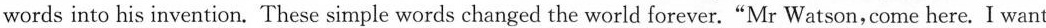
words into his invention. These simple words changed the world forever. "Mr Watson,come here. I want